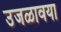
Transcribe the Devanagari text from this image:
उजळावया